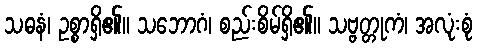
သဓနံ၊ ဥစ္စာရှိ၏။ သဘောဂံ၊ စည်းစိမ်ရှိ၏။ သဗ္ဗတ္တုကံ၊ အလုံးစုံ